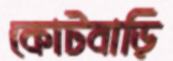
কোটবাড়ি